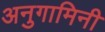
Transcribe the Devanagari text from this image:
अनुगामिनी